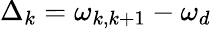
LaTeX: \Delta_{k}=\omega_{k,k+1}-\omega_{d}